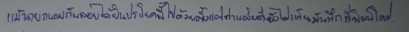
แม้นายถนอมก็พลอยได้ยินประโยคนี้ไปด้วยตั้งแต่ท่านอธิบดียังไม่เห็นบันทึกที่พิมพ์ใหม่